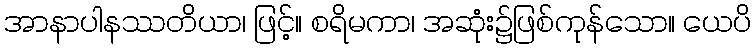
အာနာပါနဿတိယာ၊ ဖြင့်။ စရိမကာ၊ အဆုံး၌ဖြစ်ကုန်သော။ ယေပိ